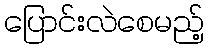
ပြောင်းလဲစေမည့်